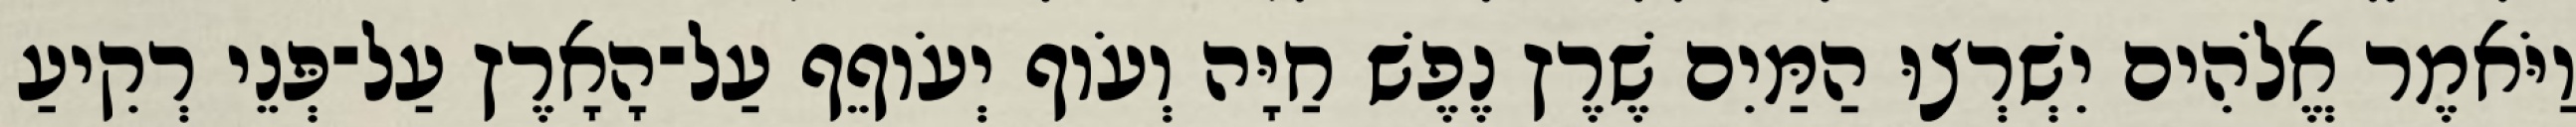
וַיֹּאמֶר אֱלֹהִים יִשְׁרְצוּ הַמַּיִם שֶׁרֶץ נֶפֶשׁ חַיָּה וְעֹוף יְעֹוףֵף עַל־הָאָרֶץ עַל־פְּנֵי רְקִיעַ